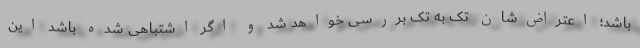
باشد؛ اعتراض‌شان تک به تک بررسی خواهد شد و اگر اشتباهی شده باشد این